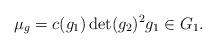
LaTeX: \begin{align*}\mu_g = c(g_1) \det(g_2)^2 g_1 \in G_1.\end{align*}